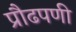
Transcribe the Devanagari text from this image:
प्रौढपणी